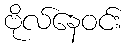
ဗိုလ်နေဝင်း